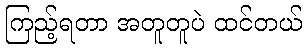
ကြည့်ရတာ အတူတူပဲ ထင်တယ်